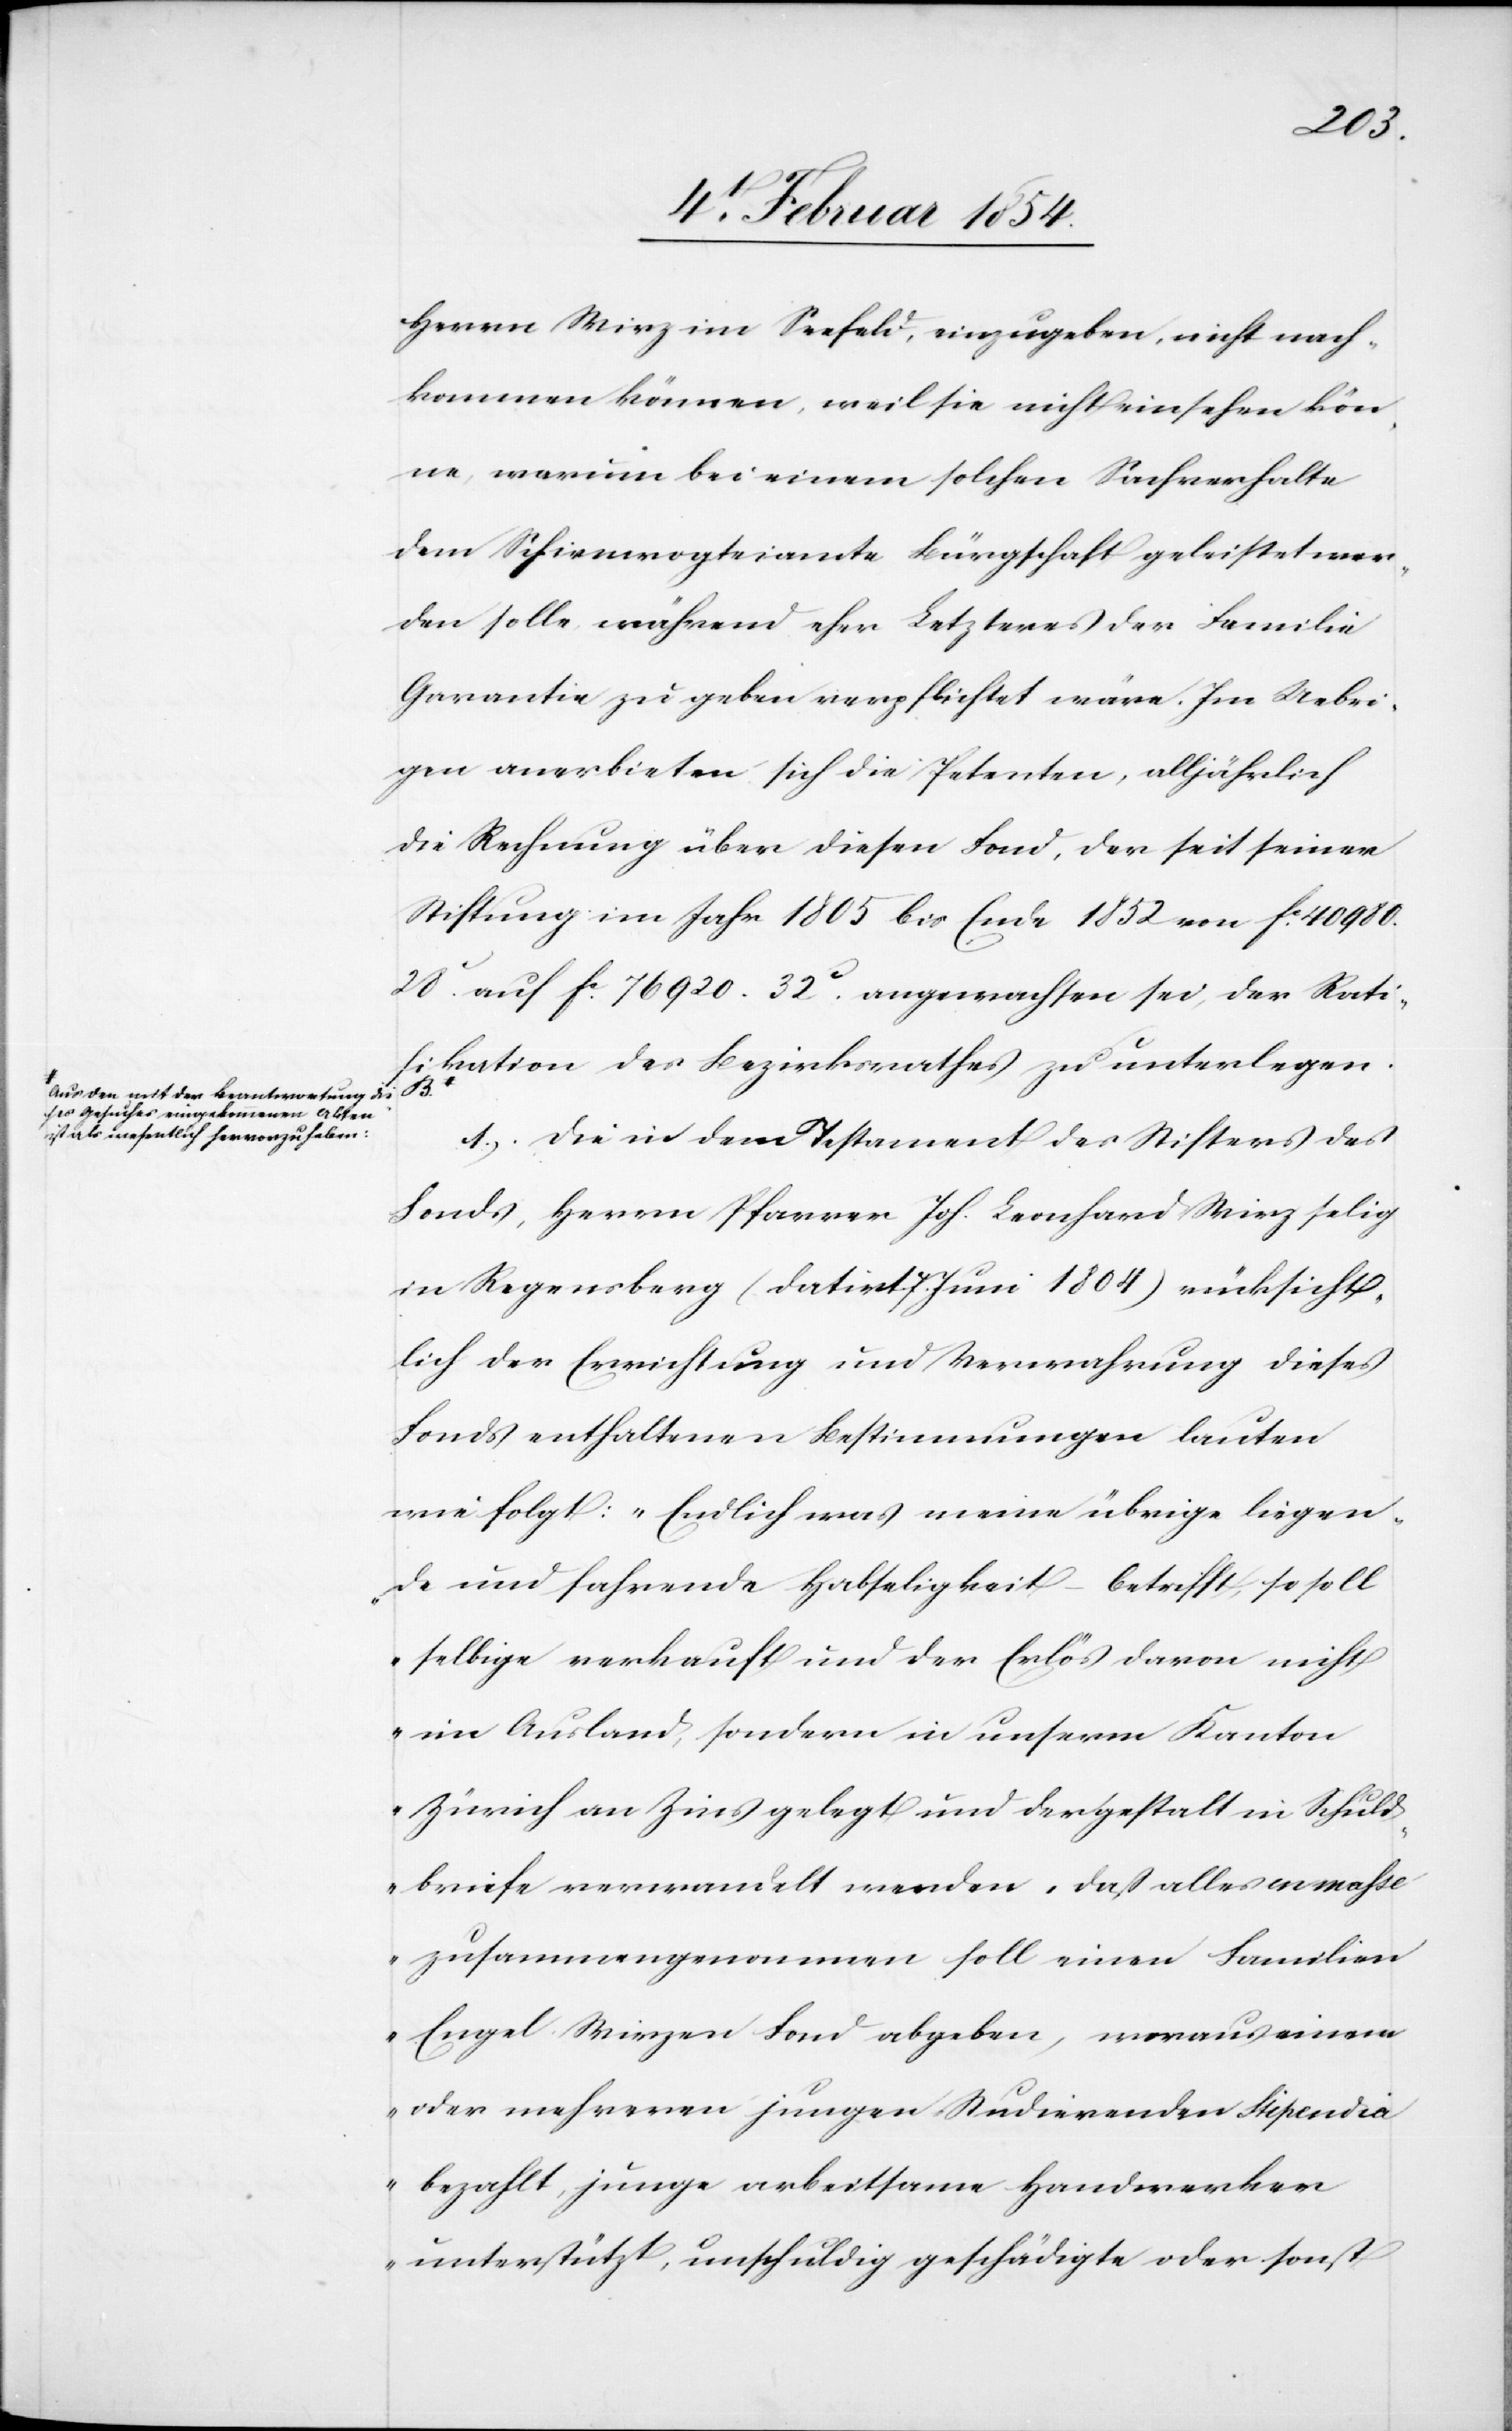
Herrn Wirz im Seefeld, einzugeben, nicht nach¬
kommen können, weil sie nicht einsehen kön¬
ne, warum bei einem solchen Sachverhalte
dem Schirmvogteiamte Bürgschaft geleistet wer¬
den solle während eher Letzteres der Familie
Garantie zu geben verpflichtet wäre. Im Uebri¬
gen anerbieten sich die Petenten, alljährlich
die Rechnung über diesen Fond, der seit seiner
Stiftung im Jahr 1805 bis Ende 1852 von Fc 40
980.28c auf Fc 76 920.32c angewachsen sei, der Rati¬
fikation des Bezirksrathes zu unterlegen.
Aus den mit der Beantwortung die¬
ses Gesuches eingekommenen Akten
ist als wesentlich hervorzuheben:-a
1.) Die in dem Testament des Stifters des
Fonds, Herrn Pfarrer Joh. Leonhard Wirz selig
in Regensberg (datirt 7. Juni 1804) rücksicht¬
lich der Errichtung und Verwahrung dieses
Fonds enthaltenen Bestimmungen lauten
wie folgt: „Endlich was meine übrige liegen¬
de und fahrende Habseligkeit – betrifft, so soll
selbige verkauft und der Erlös davon nicht
im Ausland, sondern in unserm Kanton
Zürich an Zins gelegt und dergestalt in Schuld¬
briefe verwandelt werden, daß alles in mahse
zusammengenommen soll einen Familien
Engel-Wirzen Fond abgeben, woraus einem
oder mehreren jungen Studierenden Stipendia
bezahlt, junge arbeitsame Handwerker
unterstützt, unschuldig geschädigte oder sonst